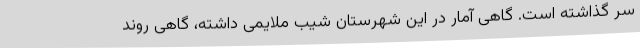
سر گذاشته است. گاهی آمار در این شهرستان شیب ملایمی داشته، گاهی روند